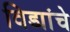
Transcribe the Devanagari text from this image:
विड्यांचे